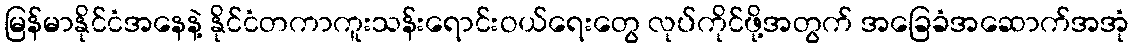
မြန်မာနိုင်ငံအနေနဲ့ နိုင်ငံတကာကူးသန်းရောင်းဝယ်ရေးတွေ လုပ်ကိုင်ဖို့အတွက် အခြေခံအဆောက်အအုံ